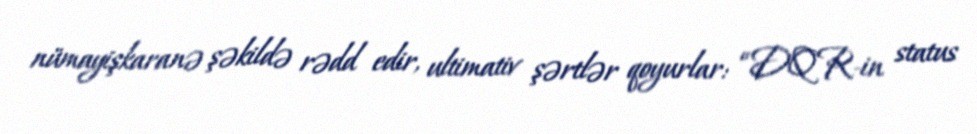
nümayişkaranə şəkildə rədd edir, ultimativ şərtlər qoyurlar: “DQR-in status